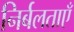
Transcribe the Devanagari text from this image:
निर्बलताएँ